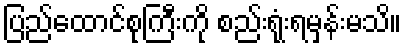
ပြည်ထောင်စုကြီးကို စည်းရုံးရမှန်းမသိ။